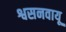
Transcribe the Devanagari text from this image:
श्वसनवायू